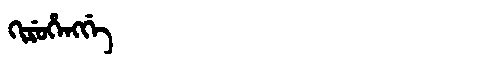
Manchu: ᡴᡳᡵᡠᡥᡝᠩᡤᡝ
Romanization: KIRUHENGGE